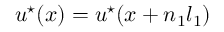
\boldsymbol { u } ^ { \star } ( \boldsymbol { x } ) = \boldsymbol { u } ^ { \star } ( \boldsymbol { x } + n _ { 1 } \boldsymbol { l } _ { 1 } )